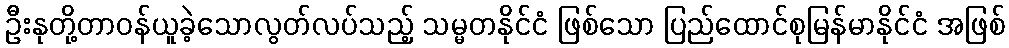
ဦးနုတို့တာဝန်ယူခဲ့သောလွတ်လပ်သည့် သမ္မတနိုင်ငံ ဖြစ်သော ပြည်ထောင်စုမြန်မာနိုင်ငံ အဖြစ်